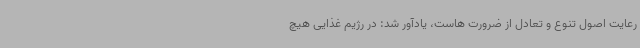
رعایت اصول تنوع و تعادل از ضرورت هاست، یادآور شد: در رژیم غذایی هیچ